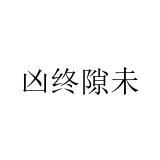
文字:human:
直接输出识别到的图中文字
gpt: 凶终隙未